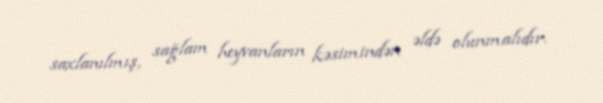
saxlanılmış, sağlam heyvanların kəsimindən əldə olunmalıdır.